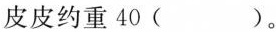
皮皮约重40( )。